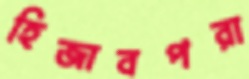
হিজাবপরা